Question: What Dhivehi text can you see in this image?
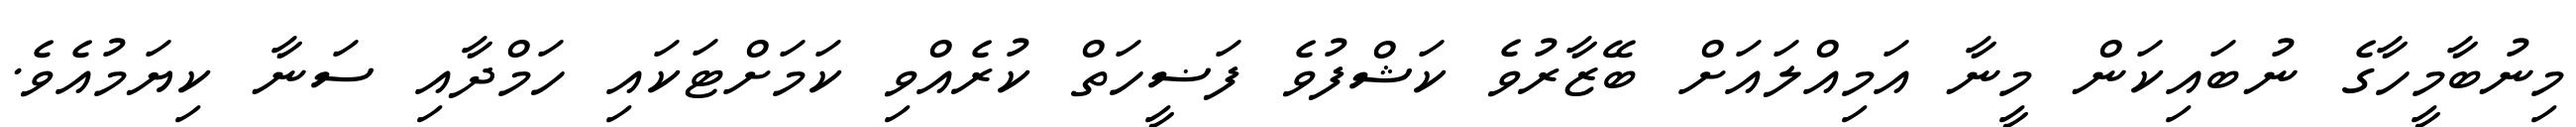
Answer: މިނުބާމީހާގެ ނުބައިކަން މީނާ އަމިއްލައަށް ބޭޒާރުވެ ކަޝްފުވެ ފަޟީހަތް ކުރެއްވި ކަމަށްޓަކައި ހަމްދާއި ސަނާ ކިޔަމުއެވެ.